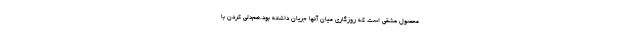
محصول عشقی‌ است که روزگاری میان آنها جریان داشته بود.هم‌دلی کردن با